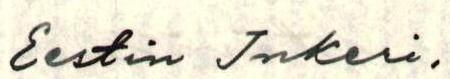
Eestin Inkeri,